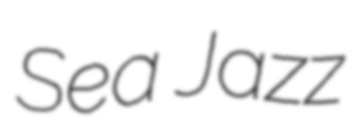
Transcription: Sea Jazz